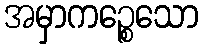
အမှာကဉ္စေသော